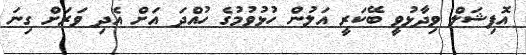
އޮފިޝަލް ވިދާޅުވީ ބޭކަރީ އަލުން ހުޅުވުމުގެ ހުއްދަ އަށް އެދި ވަރަށް ގިނަ